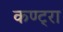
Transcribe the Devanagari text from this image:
कण्ट्रा